Leningradi_Edasi_toimetus, lk 119
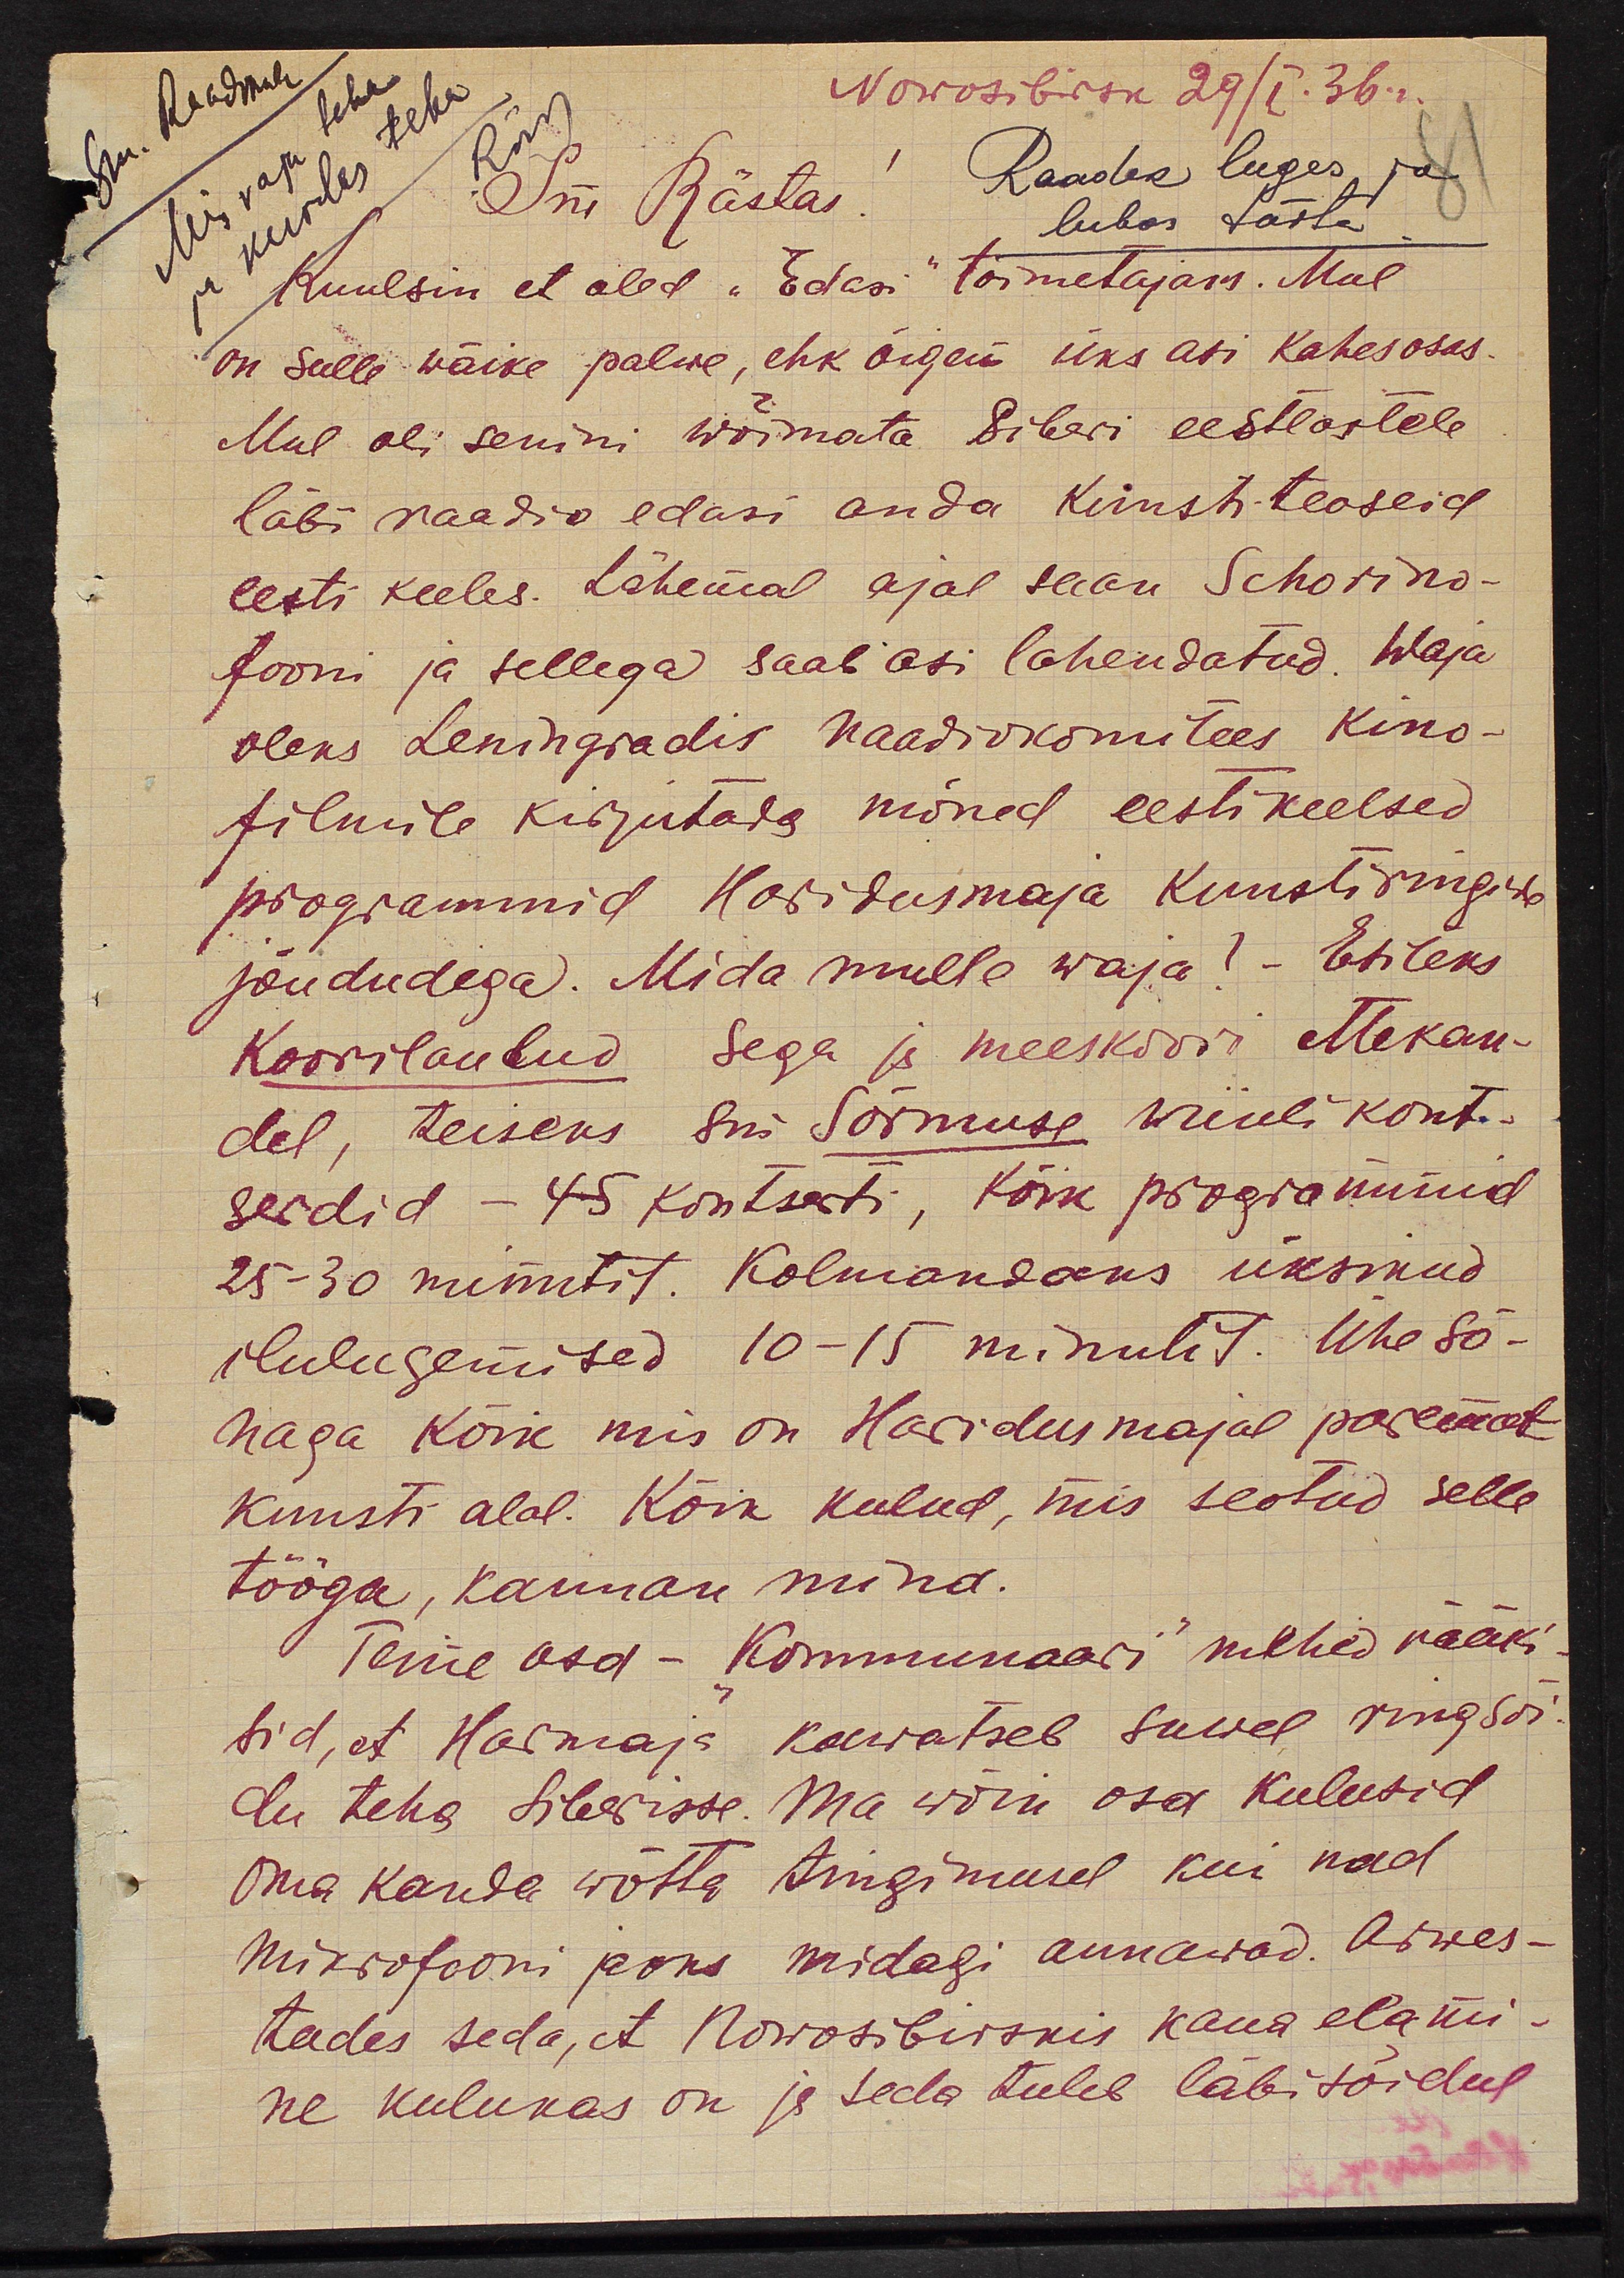
Sm. Rebane
Nowosibrsk 29/I.36 "
Mis vaja teha
ja kuidas teha
Sm Rästas! Raadek luges ja
lubas täita.
Kuulsin et oled "Edasi" toimetajaks. Mul
on sulle wäike palwe, ehk õigem üks asi kahes osas.
Mul oli senini wõimata Siberi eestlastele
läbi raadio edasi anda kunsti teoseid
eesti keeles. Lähemal ajal saan Schorino-
fooni ja sellega saab asi lahendatud. Waja
oleks Leningradis raadiokomitees Kino-
filmile kirjutada mõned eestikeelsed
programmid Haridusmaja kunstiringide
jõududega. Mida mulle waja! - Esiteks
Koorilaulud sega ja meeskoori ettekan-
del, teiseks sm Sõrmuse viiulikont-
serdid - 45 kontserti, kõik programnid
25-30 minutit. Kolmandaks üksikud
ilulugemised 10-15 minulit. Ühe sõ-
naga kõik mis on Haridusmajal paremad
kunsti alal. Kõik kulud, mis seotud selle
tööga, kannan mina.
Teine osa - Kommunaari" mehed rääki-
sid, et Harmaja kawatseb suwel ringsõi-
du teha Siberisse. Ma wõin osa kulusid
Oma kanda wõtta tingimusel kui nad
Mikrofooni jaoks midagi annawad. Arwes-
tades seda, et Nowosibirskis kaua elami-
ne kulukas on ja seda tuleb läbisõidul